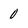
Character: 0